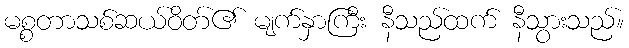
မစ္စတာသစ်ဆယ်ဝိတ်၏ မျက်နှာကြီး နီသည်ထက် နီသွားသည်။